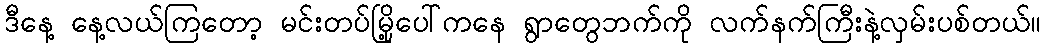
ဒီနေ့ နေ့လယ်ကြတော့ မင်းတပ်မြို့ပေါ်ကနေ ရွာတွေဘက်ကို လက်နက်ကြီးနဲ့လှမ်းပစ်တယ်။